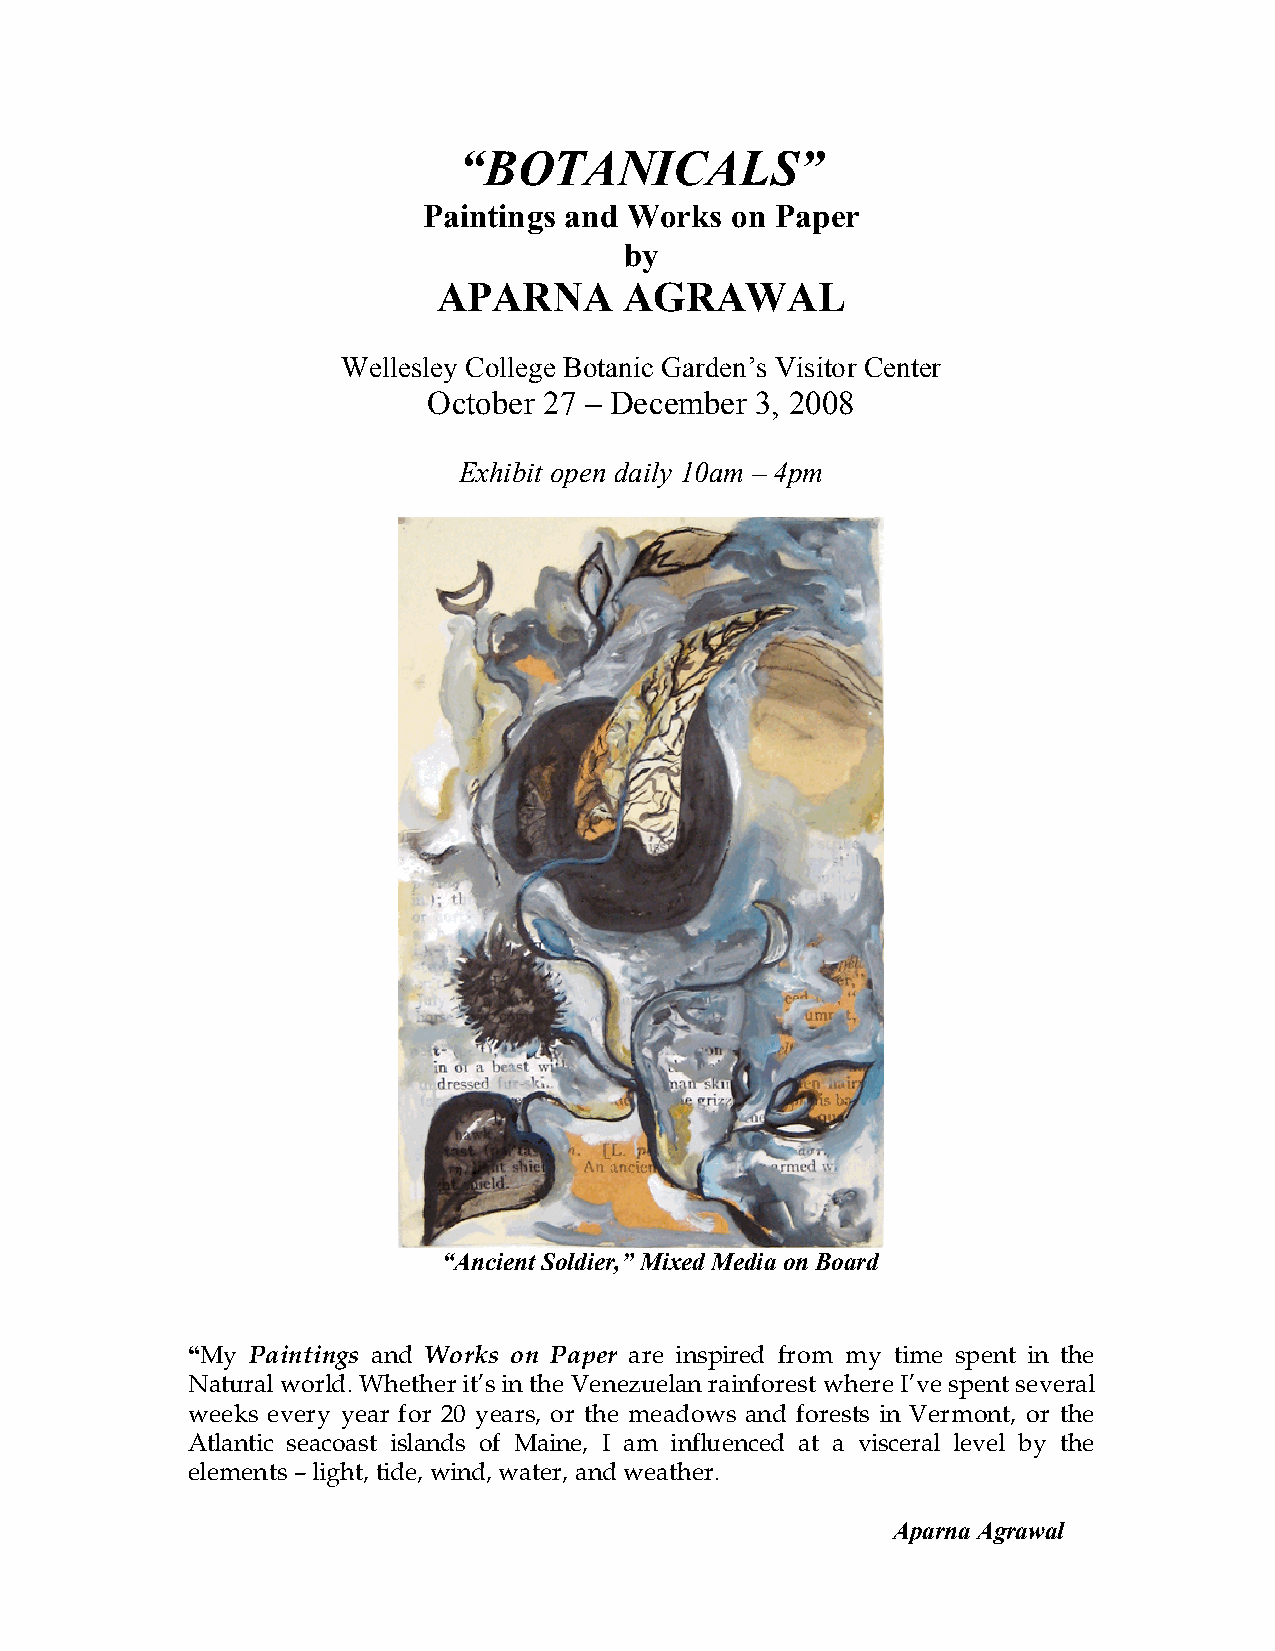
“BOTANICALS”
 Paintings and Works on Paper
 by
 APARNA      AGRAWAL
 Wellesley College Botanic Garden’s Visitor Center
 October 27 – December 3, 2008
 Exhibit open daily 10am – 4pm
 “Ancient Soldier,” Mixed Media on Board
 “My Paintings and Works on Paper are inspired from my time spent in the
 Natural world. Whether it’s in the Venezuelan rainforest where I’ve spent several
 weeks every year for 20 years, or the meadows and forests in Vermont, or the
 Atlantic seacoast islands of Maine, I am influenced at a visceral level by the
 elements – light, tide, wind, water, and weather.
 Aparna Agrawal